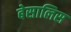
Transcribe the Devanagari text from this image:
बेसालिस